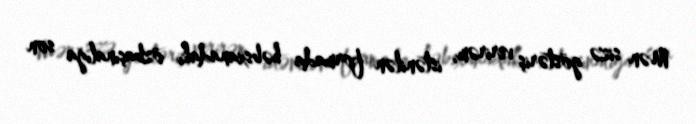
Mən sizə göstəriş verirəm, istənilən formada həbsxanadakı özbaşınalığa son